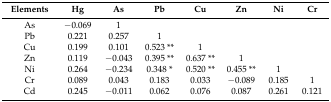
| Elements | Hg | As | Pb | Cu | Zn | Ni | Cr |
 | --- | --- | --- | --- | --- | --- | --- | --- |
 | As | −0.069 | 1 |  |  |  |  |  |
 | Pb | 0.221 | 0.257 | 1 |  |  |  |  |
 | Cu | 0.199 | 0.101 | 0.523 ** | 1 |  |  |  |
 | Zn | 0.119 | −0.043 | 0.395 ** | 0.637 ** | 1 |  |  |
 | Ni | 0.264 | −0.234 | 0.348 * | 0.520 ** | 0.455 ** | 1 |  |
 | Cr | 0.089 | 0.043 | 0.183 | 0.033 | −0.089 | 0.185 | 1 |
 | Cd | 0.245 | −0.011 | 0.062 | 0.076 | 0.087 | 0.261 | 0.121 |